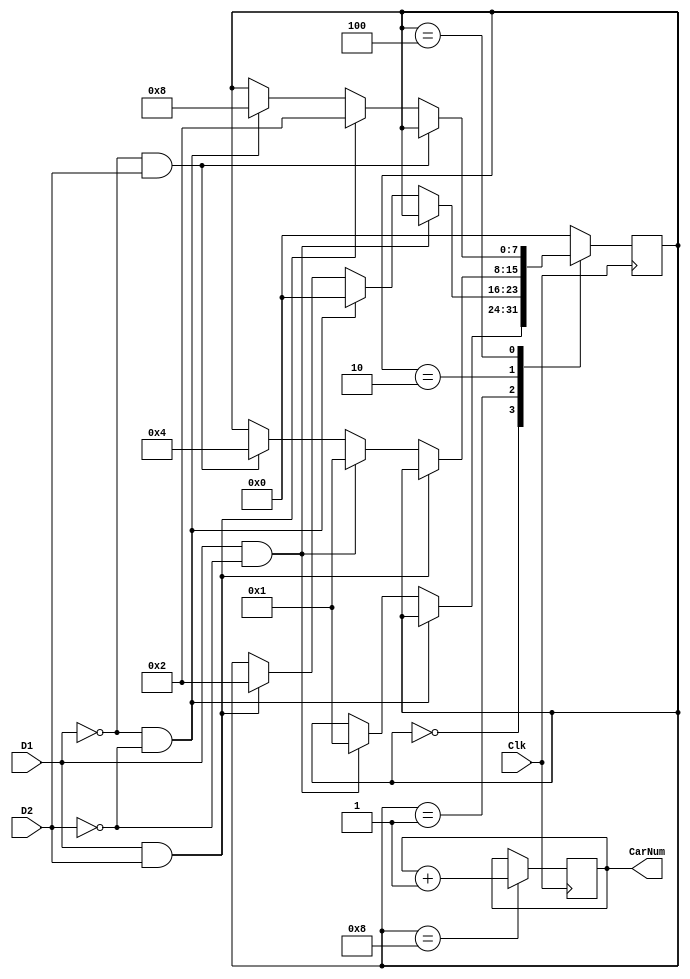
module LAB6v1(Clk,D1,D2,CarNum);
	input Clk;
	input D1,D2;
	output [3:0] CarNum;
	
	reg [3:0] Cntr;
	reg [7:0] SS;
	
	
	parameter S0 = 8'b0, S1 = 8'b00000001, S2 = 8'b00000010, S3 = 8'b00000100, S4 = 8'b00001000;
	
	always @(posedge Clk)
		if(SS[7:0] == S4)
			Cntr[3:0] <= Cntr[3:0] + 1'b1;
		else
			Cntr[3:0] <= Cntr[3:0];
	always@(posedge Clk)
	begin
		case(SS)
	S0:		if(D1==1'b0 && D2==1'b0)
				SS[7:0] = SS[7:0];
			else if(D1==1'b1 && D2==1'b0)
				SS[7:0] = S1;
	
	S1: 	if(D1==1'b1 && D2==1'b0)
				SS[7:0] = SS[7:0];
			else if(D1==1'b0 && D2==1'b0)
				SS[7:0] = S0;
			else if(D1==1'b1 && D2==1'b1)
				SS[7:0] = S2;
		
	S2:		if(D1==1'b1 && D2==1'b1)
				SS[7:0] = SS[7:0];
			else if(D1==1'b1 && D2==1'b0)
				SS[7:0] = S1;
			else if(D1==1'b0 && D2==1'b1)
				SS[7:0] = S3;
	
	S3:		if(D1==1'b0 && D2==1'b1)
				SS[7:0] = SS[7:0];
			else if(D1==1'b1 && D2==1'b1)
				SS[7:0] = S2;
			else if(D1==1'b0 && D2==1'b0)
				SS[7:0] = S4;

	S4:			SS[7:0] = S0;
	
	default: 	SS[7:0] = S0;
	endcase
	end
	assign CarNum[3:0] = Cntr[3:0];
	
endmodule